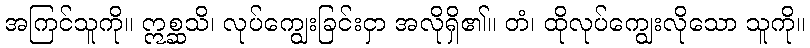
အကြင်သူကို။ ဣစ္ဆသိ၊ လုပ်ကျွေးခြင်းငှာ အလိုရှိ၏။ တံ၊ ထိုလုပ်ကျွေးလိုသော သူကို။